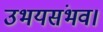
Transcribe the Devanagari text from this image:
उभयसंभव।